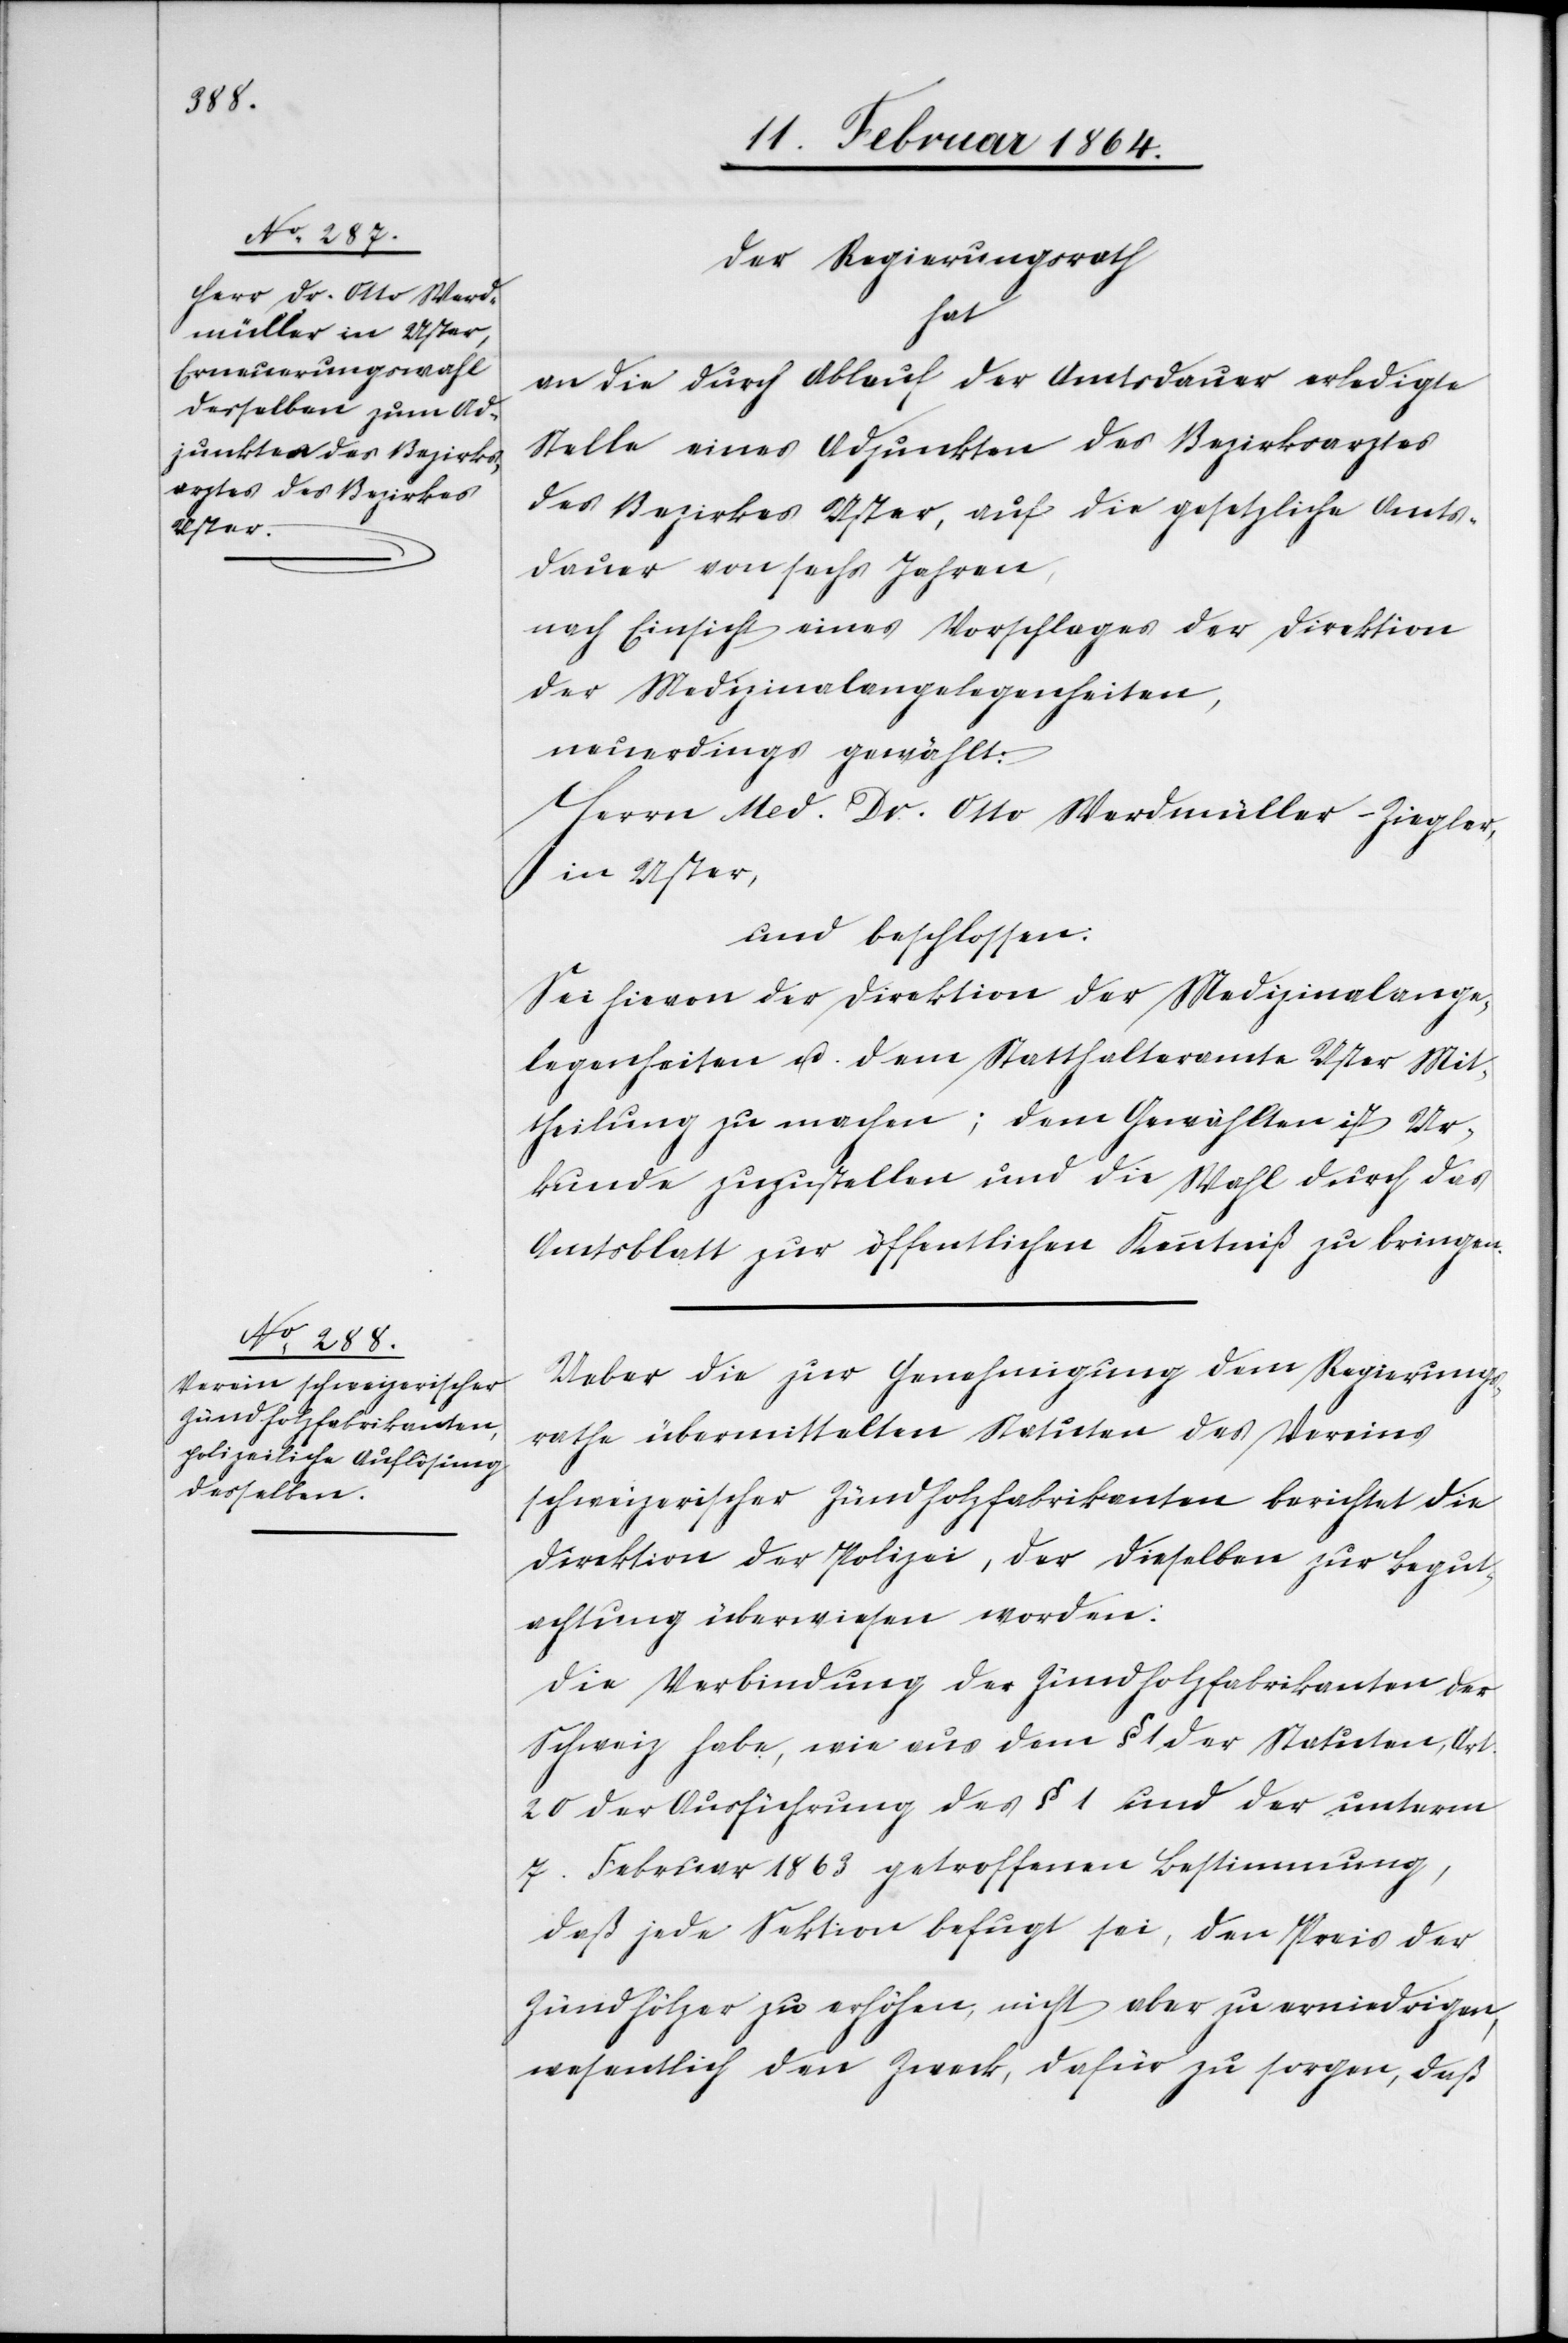
Der Regierungsrath
hat
an die durch Ablauf der Amtsdauer erledigte
Stelle eines Adjunkten des Bezirksarztes
des Bezirkes Uster, auf die gesetzliche Amts¬
dauer von sechs Jahren,
nach Einsicht eines Vorschlages der Direktion
der Medizinalangelegenheiten,
neuerdings gewählt:
Herrn Med. Dr. Otto Werdmüller-Ziegler
in Uster
und beschlossen:
Sei hievon der Direktion der Medizinalange¬
legenheiten u. dem Statthalteramte Uster Mit¬
theilung zu machen; dem Gewählten ist Ur¬
kunde zuzustellen und die Wahl durch das
Amtsblatt zur öffentlichen Kenntniß zu bringen.
Ueber die zur Genehmigung dem Regierungs¬
rathe übermittelten Statuten des Vereins
schweizerischer Zündholzfabrikanten berichtet die
Direktion der Polizei, der dieselben zur Begut¬
achtung überwiesen worden:
Die Verbindung der Zündholzfabrikanten der
Schweiz habe, wie aus dem § 1 der Statuten, Art.
20 der Ausführung des § 1 und der unterm
7. Februar 1863 getroffenen Bestimmung,
daß jede Sektion befugt sei, den Preis der
Zündhölzer zu erhöhen, nicht aber zu erniedrigen,
wesentlich den Zweck, dafür zu sorgen, daß